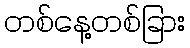
တစ်နေ့တစ်ခြား